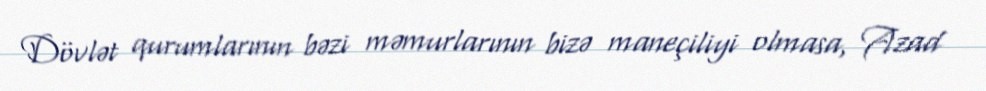
Dövlət qurumlarının bəzi məmurlarının bizə maneçiliyi olmasa, Azad